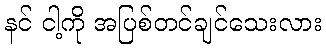
နင် ငါ့ကို အပြစ်တင်ချင်သေးလား